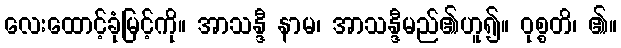
လေးထောင့်ခုံမြင့်ကို။ အာသန္ဒီ နာမ၊ အာသန္ဒီမည်၏ဟူ၍။ ဝုစ္စတိ၊ ၏။